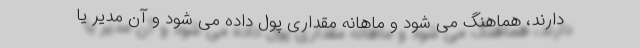
دارند، هماهنگ می شود و ماهانه مقداری پول داده می شود و آن مدیر یا